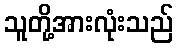
သူတို့အားလုံးသည်